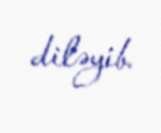
diləyib.